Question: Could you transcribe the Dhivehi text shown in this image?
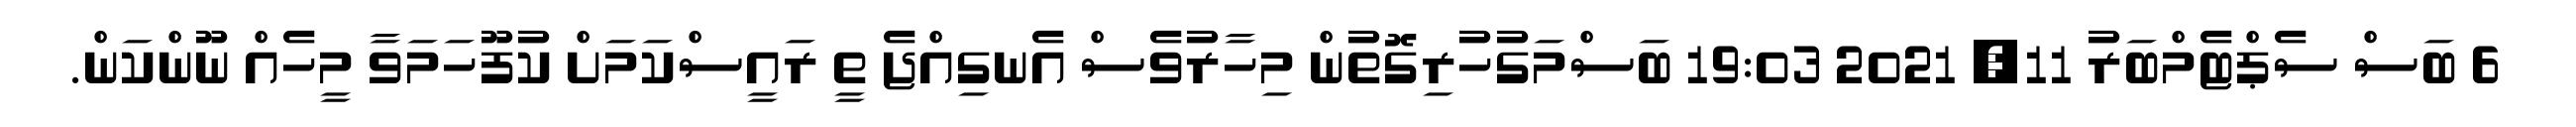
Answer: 6 ބަސް ސެޕްޓެމްބަރު 11, 2021 19:03 ބަސްމަގުހުރިގޮތުން މިހާރުވެސް އެނގިއްޖެ ތީ ރައީސްކަމަށް ކުފޫހަމަވާ މީހެއް ނޫންކަން.